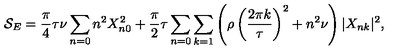
{ \cal S } _ { E } = \frac { \pi } { 4 } \tau \nu \sum _ { n = 0 } n ^ { 2 } X _ { n 0 } ^ { 2 } + \frac { \pi } { 2 } \tau \sum _ { n = 0 } \sum _ { k = 1 } \left( \rho \left( \frac { 2 \pi k } { \tau } \right) ^ { 2 } + n ^ { 2 } \nu \right) | X _ { n k } | ^ { 2 } ,